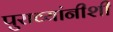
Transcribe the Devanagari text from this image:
पुराव्यांनीशी